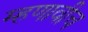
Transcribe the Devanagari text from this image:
म्हणावीच